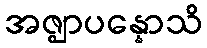
အဇ္ဈာပန္နောသိ